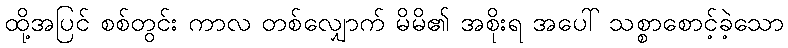
ထို့အပြင် စစ်တွင်း ကာလ တစ်လျှောက် မိမိ၏ အစိုးရ အပေါ် သစ္စာစောင့်ခဲ့သော